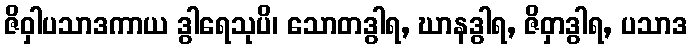
ဇိဝှါပသာဒကာယ ဒွါရေသုပိ၊ သောတဒွါရ, ဃာနဒွါရ, ဇိဝှာဒွါရ, ပသာဒ